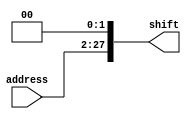
`timescale 1ns / 1ps
//////////////////////////////////////////////////////////////////////////////////
// Company: 
// Engineer: 
// 
// Design Name: 
// Module Name: shifter
// Project Name: 
// Target Devices: 
// Tool Versions: 
// Description: 
// 
// Dependencies: 
// 
// Revision:
// Revision 0.01 - File Created
// Additional Comments:
// 
//////////////////////////////////////////////////////////////////////////////////


module shifter(
    input [25:0] address,
    output reg [27:0] shift
    );

    always @(*) begin
        shift <= address << 2;
    end
    
endmodule